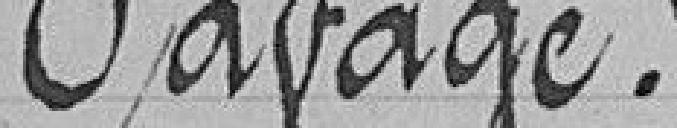
Pavage